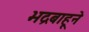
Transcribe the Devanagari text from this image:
भद्रबाहूने